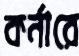
কর্নারে